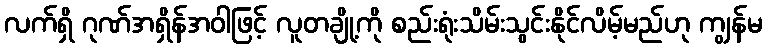
လက်ရှိ ဂုဏ်အရှိန်အဝါဖြင့် လူတချို့ကို စည်းရုံးသိမ်းသွင်းနိုင်လိမ့်မည်ဟု ကျွန်မ